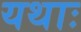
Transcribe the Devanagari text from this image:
यथाः